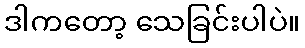
ဒါကတော့ သေခြင်းပါပဲ။